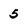
Character: 5